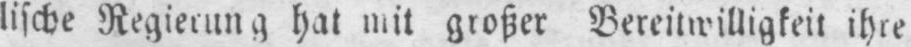
lische Regierung hat mit großer Bereitwilligkeit ihre